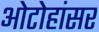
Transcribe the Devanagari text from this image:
ओटोहांसर